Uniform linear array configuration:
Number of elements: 8
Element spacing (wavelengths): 0.25
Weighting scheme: hann
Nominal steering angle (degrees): -45
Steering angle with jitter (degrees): -44.362
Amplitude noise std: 0.05
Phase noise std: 0.05

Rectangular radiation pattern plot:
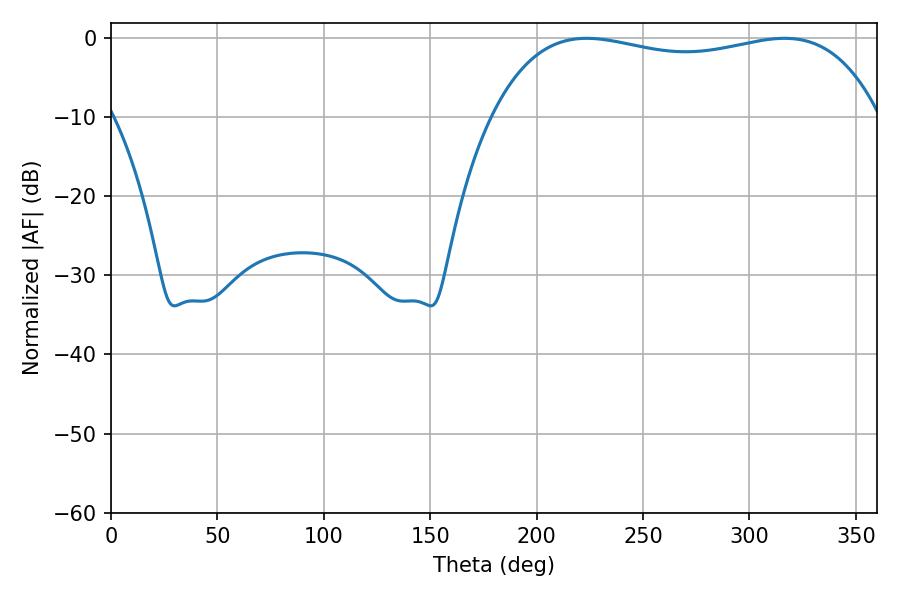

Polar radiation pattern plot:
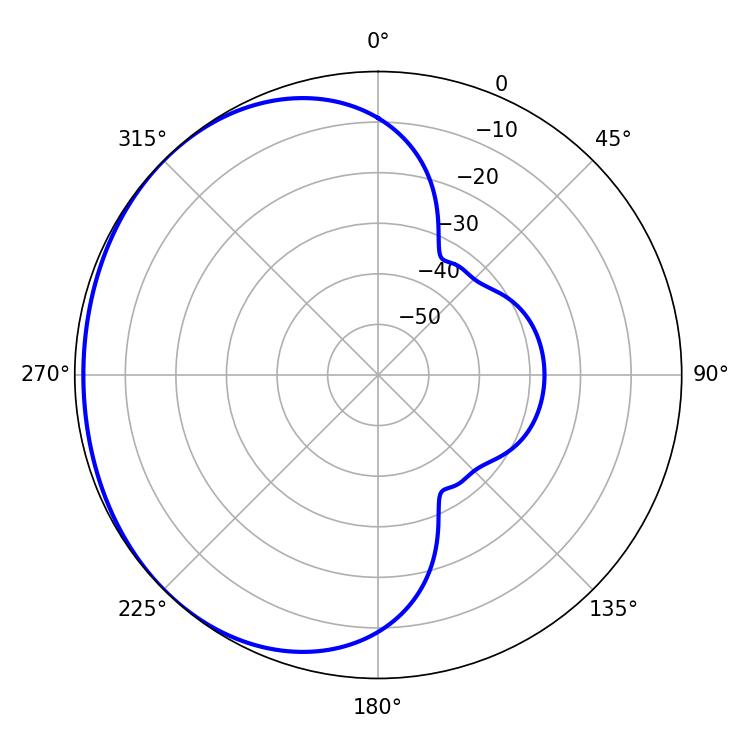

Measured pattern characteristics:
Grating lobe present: FALSE
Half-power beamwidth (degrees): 147.6
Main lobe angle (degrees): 223.56